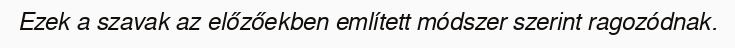
Ezek a szavak az előzőekben említett módszer szerint ragozódnak.